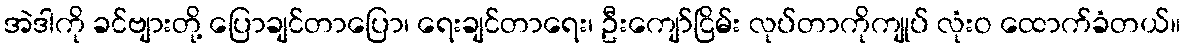
အဲဒါကို ခင်ဗျားတို့ ပြောချင်တာပြော၊ ရေးချင်တာရေး၊ ဦးကျော်ငြိမ်း လုပ်တာကိုကျုပ် လုံးဝ ထောက်ခံတယ်။